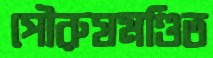
পৌরুষমণ্ডিত